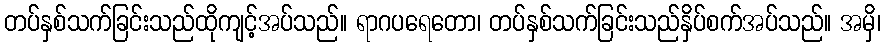
တပ်နှစ်သက်ခြင်းသည်ထိုကျင့်အပ်သည်။ ရာဂပရေတော၊ တပ်နှစ်သက်ခြင်းသည်နှိပ်စက်အပ်သည်။ အမှိ၊